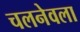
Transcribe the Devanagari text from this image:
चलनेवला